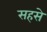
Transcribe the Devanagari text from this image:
सहसे